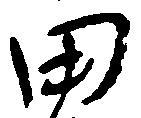
田